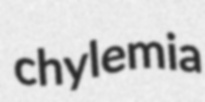
chylemia